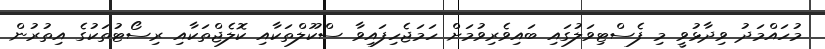
މުހައްމަދު ވިދާޅުވީ މި ފެސްޓިވަލުގައި ބައިވެރިވުމަށް ހަމަޖެހިފައިވާ ސްކޫލްތަކާއި ކޮލެޖްތަކާއި ރިސޯޓުތަކުގެ އިތުރުން